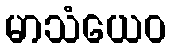
မာသံယေဝ